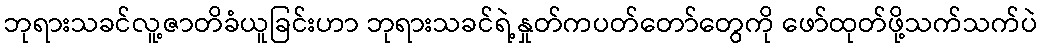
ဘုရားသခင်လူ့ဇာတိခံယူခြင်းဟာ ဘုရားသခင်ရဲ့နှုတ်ကပတ်တော်တွေကို ဖော်ထုတ်ဖို့သက်သက်ပဲ